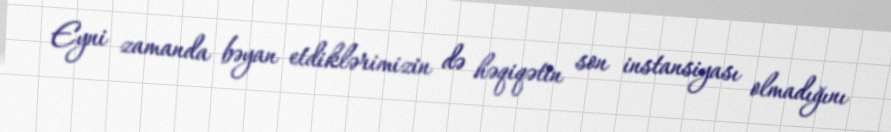
Eyni zamanda bəyan etdiklərimizin də həqiqətin son instansiyası olmadığını